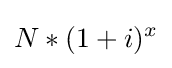
N*(1+i)^{x}